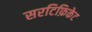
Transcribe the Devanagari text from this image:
सरटिफ़िकेट